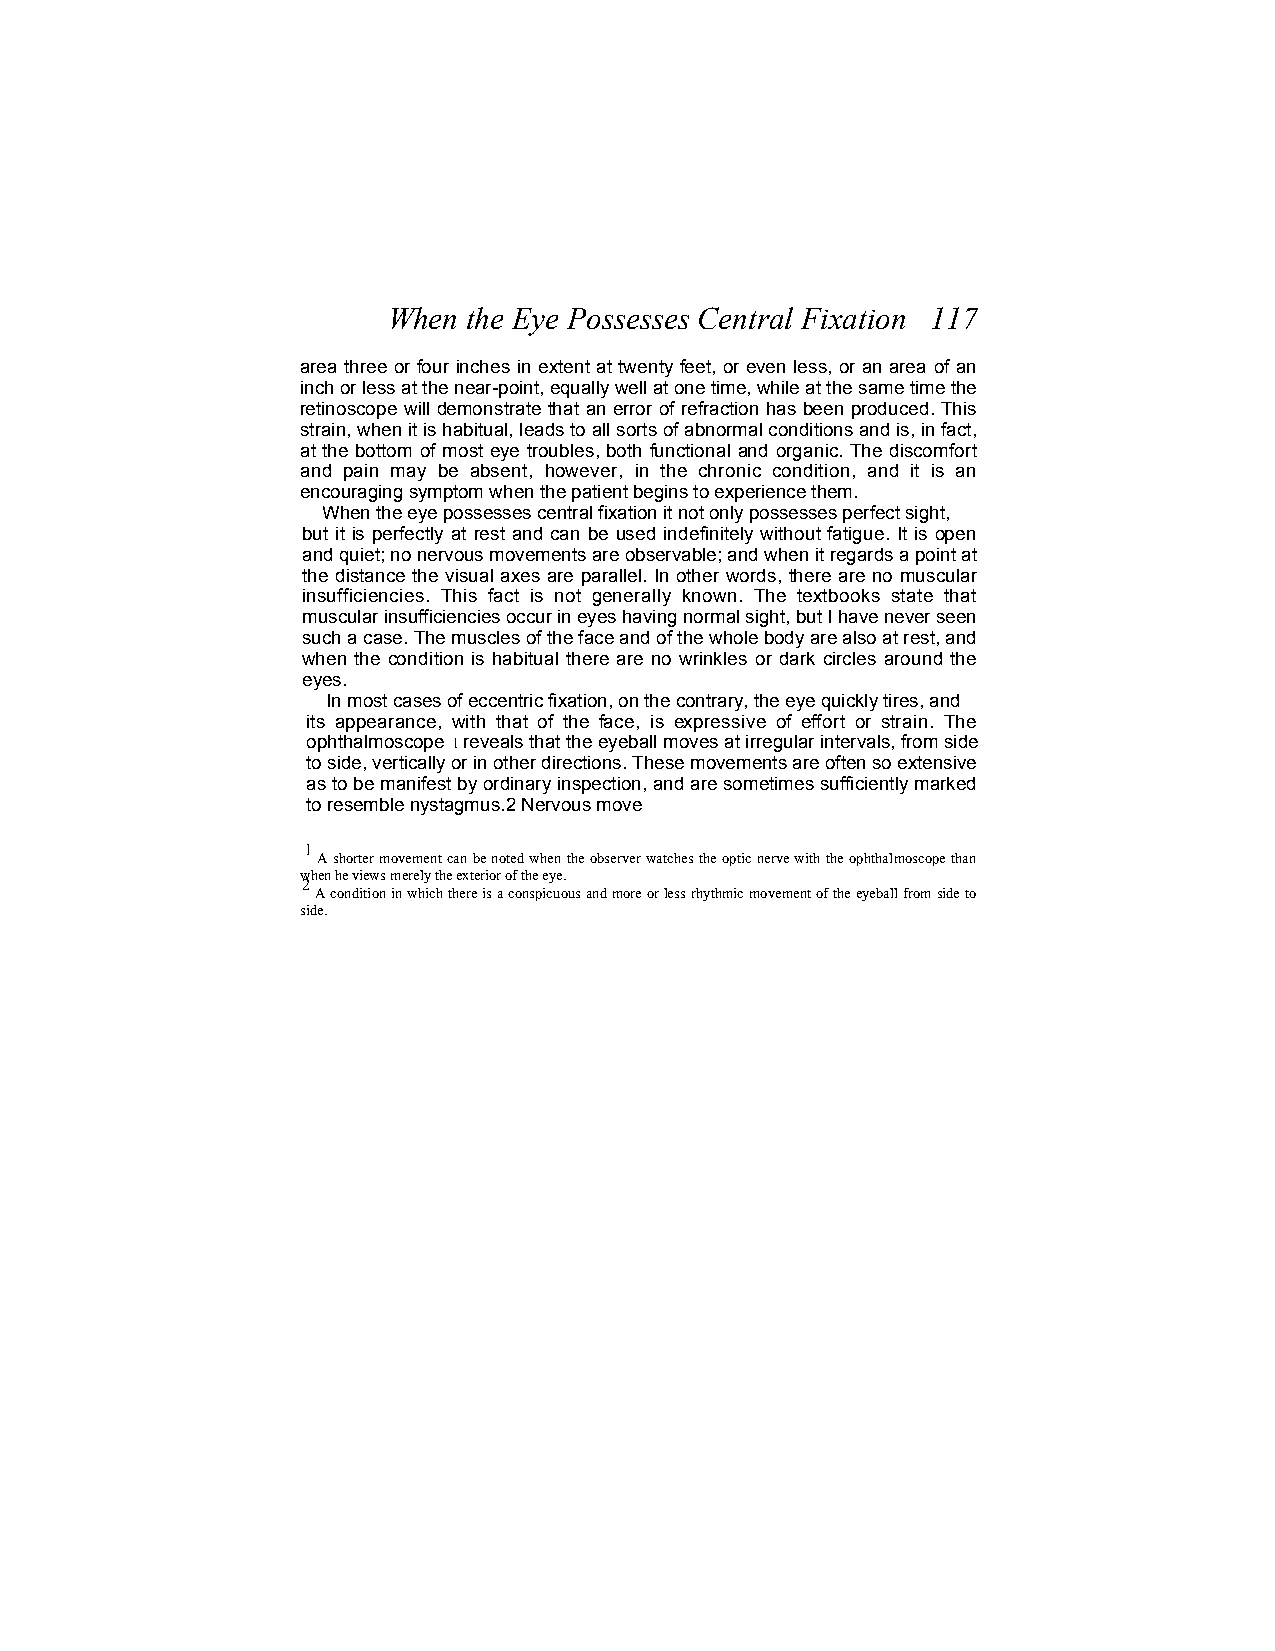
When the Eye Possesses Central Fixation 117
 area three or four inches in extent at twenty feet, or even less, or an area of an
 inch or less at the near-point, equally well at one time, while at the same time the
 retinoscope will demonstrate that an error of refraction has been produced. This
 strain, when it is habitual, leads to all sorts of abnormal conditions and is, in fact,
 at the bottom of most eye troubles, both functional and organic. The discomfort
 and pain may be absent, however, in the chronic condition, and it is an
 encouraging symptom when the patient begins to experience them.
 When the eye possesses central fixation it not only possesses perfect sight,
 but it is perfectly at rest and can be used indefinitely without fatigue. It is open
 and quiet; no nervous movements are observable; and when it regards a point at
 the distance the visual axes are parallel. In other words, there are no muscular
 insufficiencies. This fact is not generally known. The textbooks state that
 muscular insufficiencies occur in eyes having normal sight, but I have never seen
 such a case. The muscles of the face and of the whole body are also at rest, and
 when the condition is habitual there are no wrinkles or dark circles around the
 eyes.
 In most cases of eccentric fixation, on the contrary, the eye quickly tires, and
 its appearance, with that of the face, is expressive of effort or strain. The
 ophthalmoscope 1 reveals that the eyeball moves at irregular intervals, from side
 to side, vertically or in other directions. These movements are often so extensive
 as to be manifest by ordinary inspection, and are sometimes sufficiently marked
 to resemble nystagmus.2 Nervous move
 1
 A shorter movement can be noted when the observer watches the optic nerve with the ophthalmoscope than
 when he views merely the exterior of the eye.
 2
 A condition in which there is a conspicuous and more or less rhythmic movement of the eyeball from side to
 side.